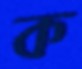
ক